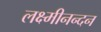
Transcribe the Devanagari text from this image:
लक्ष्मीनन्दन